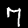
Digit: 7